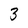
Character: 3